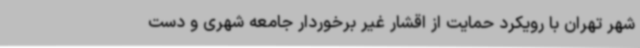
شهر تهران با رویکرد حمایت از اقشار غیر برخوردار جامعه شهری و دست